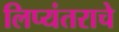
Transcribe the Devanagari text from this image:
लिप्यंतराचे